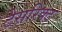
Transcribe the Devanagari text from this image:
टेसरिक्ट